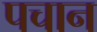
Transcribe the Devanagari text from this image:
पचान